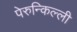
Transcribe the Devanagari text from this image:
पेरुन्किल्ली